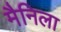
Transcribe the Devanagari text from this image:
मैनिला